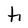
Character: h